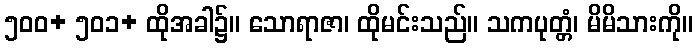
၅၀၀+ ၅၀၁+ ထိုအခါ၌။ သောရာဇာ၊ ထိုမင်းသည်။ သကပုတ္တံ၊ မိမိသားကို။